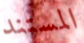
المستند